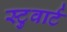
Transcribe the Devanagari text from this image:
स्टुवार्ट